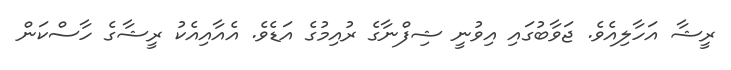
ރީޝާ އަހާލިއެވެ. ޖަވާބުގައި އިވުނީ ޝިފްނާގެ ރުއިމުގެ އަޑެވެ. އެއާއިއެކު ރީޝާގެ ހާސްކަން